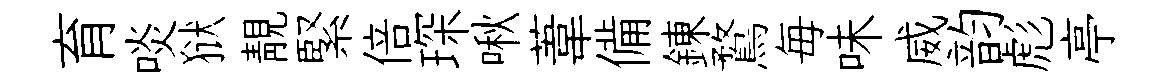
育啖狱靚緊倍琛啾葦備錬鶩毎味威韵彪亭